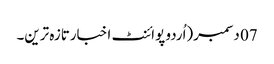
07 دسمبر(اُردو پوائنٹ اخبارتازہ ترین۔